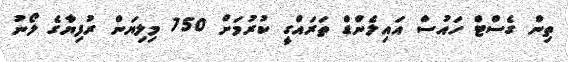
ތިން ގެސްޓް ހައުސް އައިލެންޑް ތަރައްގީ ކުރުމަށް 750 މިލިޔަން ރުފިޔާގެ ލޯނު